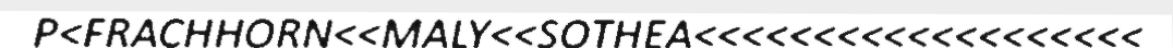
P<FRACHHORN<<MALY<<SOTHEA<<<<<<<<<<<<<<<<<<<